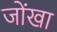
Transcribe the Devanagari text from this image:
जोंखा